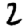
Digit: 2